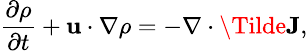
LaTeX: \small\frac{\partial\rho}{\partial t}+\textbf{u}\cdot\nabla\rho=-\nabla\cdot\Tilde{\textbf{J}},